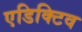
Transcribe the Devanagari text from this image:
एडिक्टिव